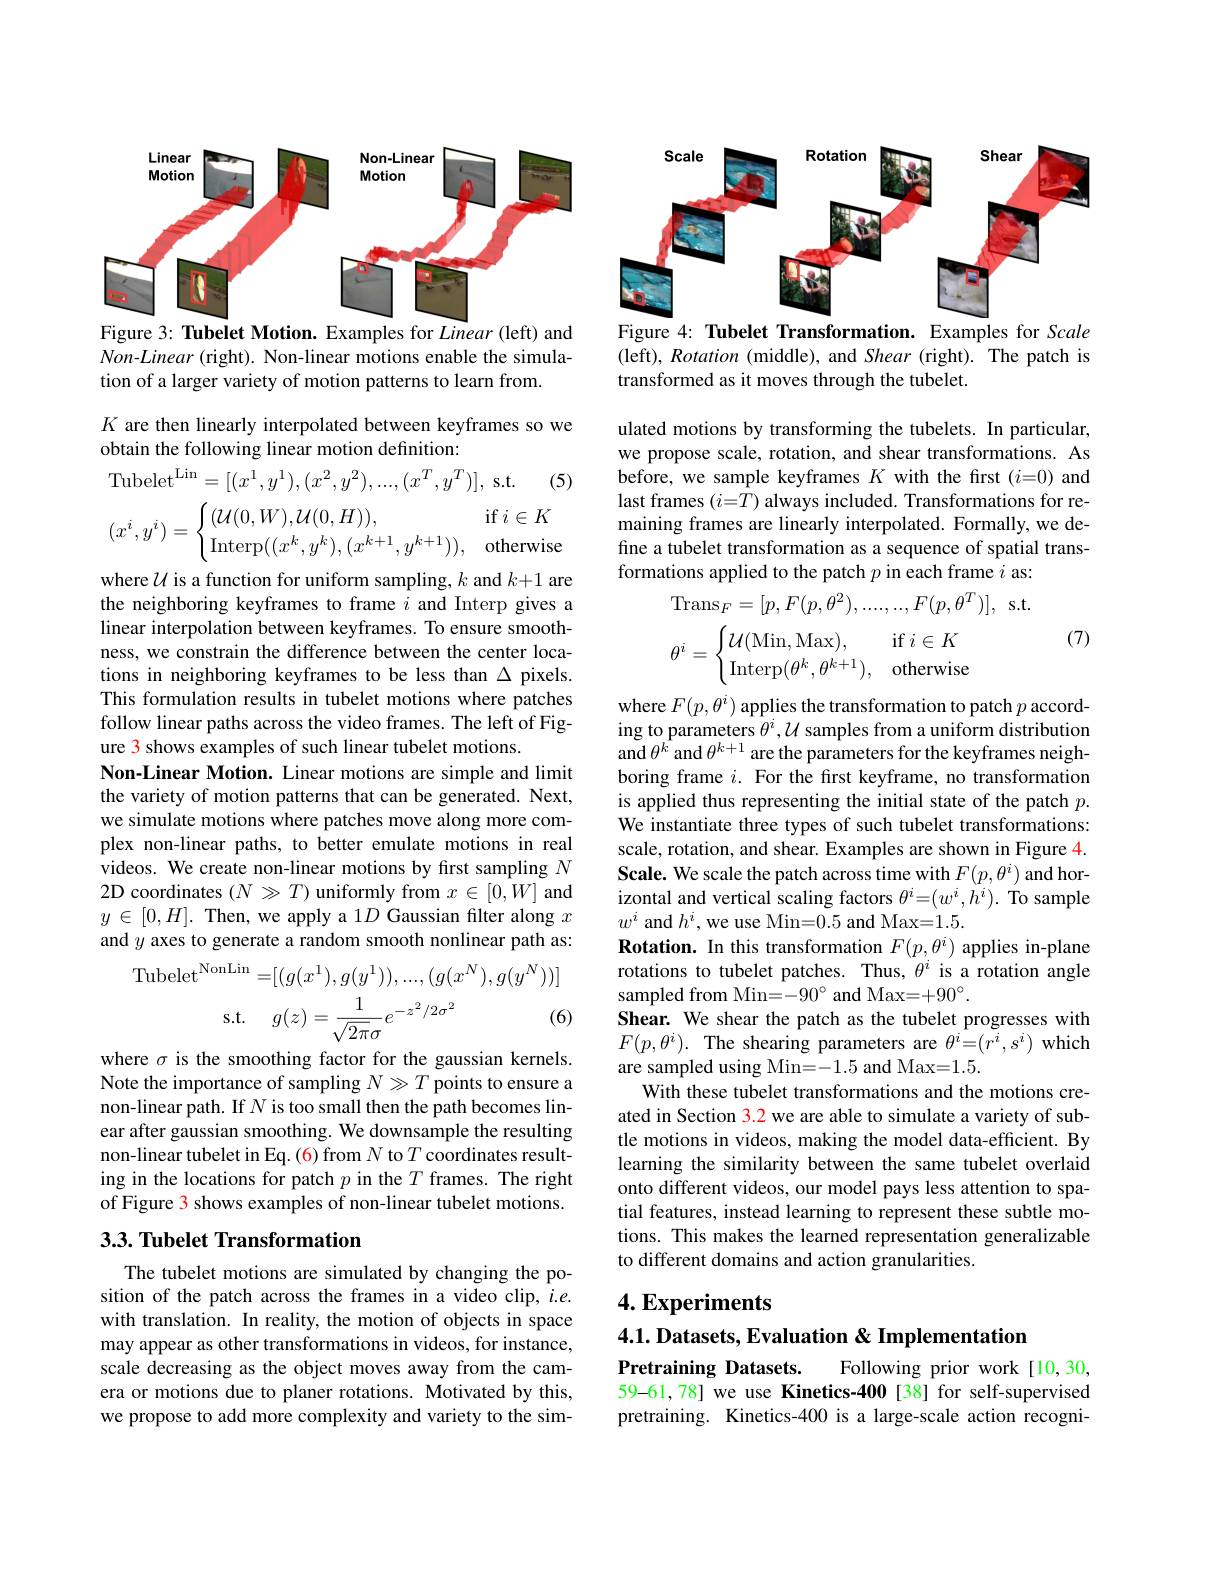
<FigureHere>
Figure 3: Tubelet Motion. Examples for Linear (left) and

$Non-Linear$ (right). Non-linear motions enable the simula-
tion of a larger variety of motion patterns to learn from.

$K$ are then linearly interpolated between keyframes so we
obtain the following linear motion definition:

(5)

Tubelet$^\text{Lin}=[(x^1,y^1),(x^2,y^2),...,(x^T,y^T)]$,s.t.
$$(x^i,y^i)=\begin{cases}(\mathcal{U}(0,W),\mathcal{U}(0,H)),&\text{if}\:i\in K\\\text{Interp}((x^k,y^k),(x^{k+1},y^{k+1})),&\text{otherwise}\end{cases}$$
where $\mathcal{U}$ is a function for uniform sampling, $k$ and $k+1$ are the neighboring keyframes to frame $i$ and Interp gives a linear interpolation between keyframes. To ensure smoothness, we constrain the difference between the center locations in neighboring keyframes to be less than $\Delta$ pixels. This formulation results in tubelet motions where patches follow linear paths across the video frames. The left of Figure 3 shows examples of such linear tubelet motions.
Non-Linear Motion. Linear motions are simple and limit the variety of motion patterns that can be generated. Next, we simulate motions where patches move along more complex non-linear paths, to better emulate motions in real $\hat{\text{videos. We create non-linear motions by first sampling }N}$ 2D coordinates $(N\gg T)$ uniformly from $x\in[0,W]$ and $y\in[0,H].$ Then, we apply a 1$D$ Gaussian filter along $x$ and $y$ axes to generate a random smooth nonlinear path as:
$$\mathrm{Tubelet}^{\mathrm{NonLin}}=[(g(x^1),g(y^1)),...,(g(x^N),g(y^N))]$$
$$\mathrm{s.t.}\quad g(z)=\frac{1}{\sqrt{2\pi}\sigma}e^{-z^2/2\sigma^2}$$
(6)

where $\sigma$ is the smoothing factor for the gaussian kernels. Note the importance of sampling $N\gg T$ points to ensure a non-linear path. If $N$ is too small then the path becomes linear after gaussian smoothing. We downsample the resulting non-linear tubelet in Eq. (6) from $N$ to $T$ coordinates resulting in the locations for patch $p$ in the $T$ frames. The right of Figure 3 shows examples of non-linear tubelet motions.

## 3.3. Tubelet Transformation

The tubelet motions are simulated by changing the position of the patch across the frames in a video clip, $i.e.$ with translation. In reality, the motion of objects in space may appear as other transformations in videos, for instance, scale decreasing as the object moves away from the camera or motions due to planer rotations. Motivated by this, we propose to add more complexity and variety to the sim-

<FigureHere>
Figure 4: Tubelet Transformation. Examples for Scale

(left), Rotation (middle), and Shear (right). The patch is
transformed as it moves through the tubelet.

ulated motions by transforming the tubelets. In particular, we propose scale, rotation, and shear transformations. As before, we sample keyframes $K$ with the first ($i=0)$ and last frames $(i=\hat{T})$ always included. Transformations for remaining frames are linearly interpolated. Formally, we define a tubelet transformation as a sequence of spatial transformations applied to the patch $p$ in each frame $i$ as
$$\mathrm{Trans}_F=[p,F(p,\theta^2),....,..,F(p,\theta^T)],$$
$s.t$
$$\theta^i=\begin{cases}\mathcal{U}(\text{Min},\text{Max}),&\text{if}\:i\in K\\\text{Interp}(\theta^k,\theta^{k+1}),&\text{otherwise}\end{cases}$$
(7)

where $F(p,\theta^{i})$ applies the transformation to patch $p$ according to parameters $\theta^i,U$ samples from a uniform distribution and $\theta^{\hat{k}}$ and $\theta^k+1$ are the parameters for the keyframes neighboring frame $i.$ For the first keyframe, no transformation is applied thus representing the initial state of the patch $p.$ We instantiate three types of such tubelet transformations: scale, rotation, and shear. Examples are shown in Figure 4. Scale. We scale the patch across time with $F(p,\theta^i)$ and horizontal and vertical scaling factors $\theta^i=(w^i,\tilde{h}^i).$ To sample $$w^{i}$ and $h^i$,we use Min=0.5 and Max=1.5.$
Rotation. In this transformation $F(p,\theta^i)$ applies in-plane rotations to tubelet patches. Thus, $\theta^i$ is a rotation angle sampled from Min=-90° and Max=+90^{\circ}.
Shear. We shear the patch as the tubelet progresses with $F(p,\theta^i).$ The shearing parameters are $\theta^i=(r^i,s^i)$ which are sampled using Min=-1.5 and Max=1.5.
With these tubelet transformations and the motions created in Section 3.2 we are able to simulate a variety of subtle motions in videos, making the model data-efficient. By learning the similarity between the same tubelet overlaid onto different videos, our model pays less attention to spatial features, instead learning to represent these subtle motions. This makes the learned representation generalizable to different domains and action granularities.

## $4. \textbf{Experiments}$

4.1. Datasets, Evaluation& Implementation

Following prior work[10,30,
Pretraining Datasets.
59-61,78] we use Kinetics-400[38] for self-supervised pretraining. Kinetics-400 is a large-scale action recogni-